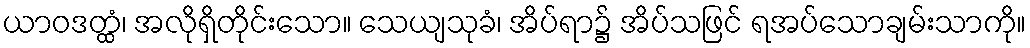
ယာဝဒတ္ထံ၊ အလိုရှိတိုင်းသော။ သေယျသုခံ၊ အိပ်ရာ၌ အိပ်သဖြင် ရအပ်သောချမ်းသာကို။